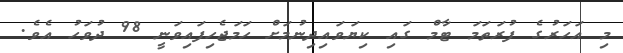
މި އަހަރުގެ ފުރަތަމަ ޓާމް ގައި ކިޔަވައިދިނުމަށް ހަމަޖެހިފައިވަނީ 98 ދުވަހު އެވެ.